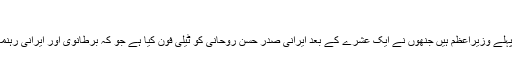
‘
دریں اثنا برطانوی وزیرِاعظم ڈیوڈ کیمرون وہ پہلے وزیرِاعظم ہیں جنھوں نے ایک عشرے کے بعد ایرانی صدر حسن روحانی کو ٹیلی فون کیا ہے جو کہ برطانوی اور ایرانی رہنماؤں کے درمیان ایک دہائی میں پہلا رابطہ ہے۔